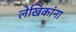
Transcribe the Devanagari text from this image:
लेखिकांना